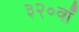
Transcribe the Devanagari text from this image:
३२०वॉ